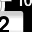
Digit: 2